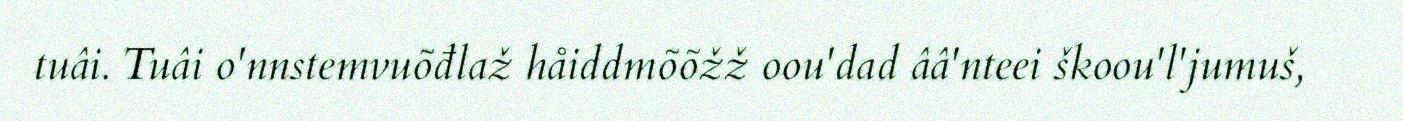
tuâi. Tuâi o'nnstemvuõđlaž håiddmõõžž oou'dad ââ'nteei škoou'l'jumuš,